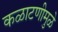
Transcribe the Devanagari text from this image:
कळाटणीमुळे